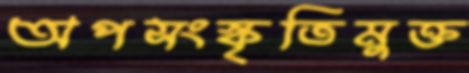
অপসংস্কৃতিমুক্ত